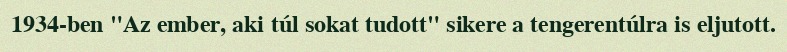
1934-ben "Az ember, aki túl sokat tudott" sikere a tengerentúlra is eljutott.